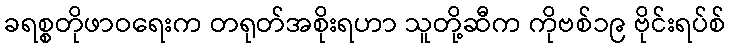
ခရစ္စတိုဖာဝရေးက တရုတ်အစိုးရဟာ သူတို့ဆီက ကိုဗစ်၁၉ ဗိုင်းရပ်စ်